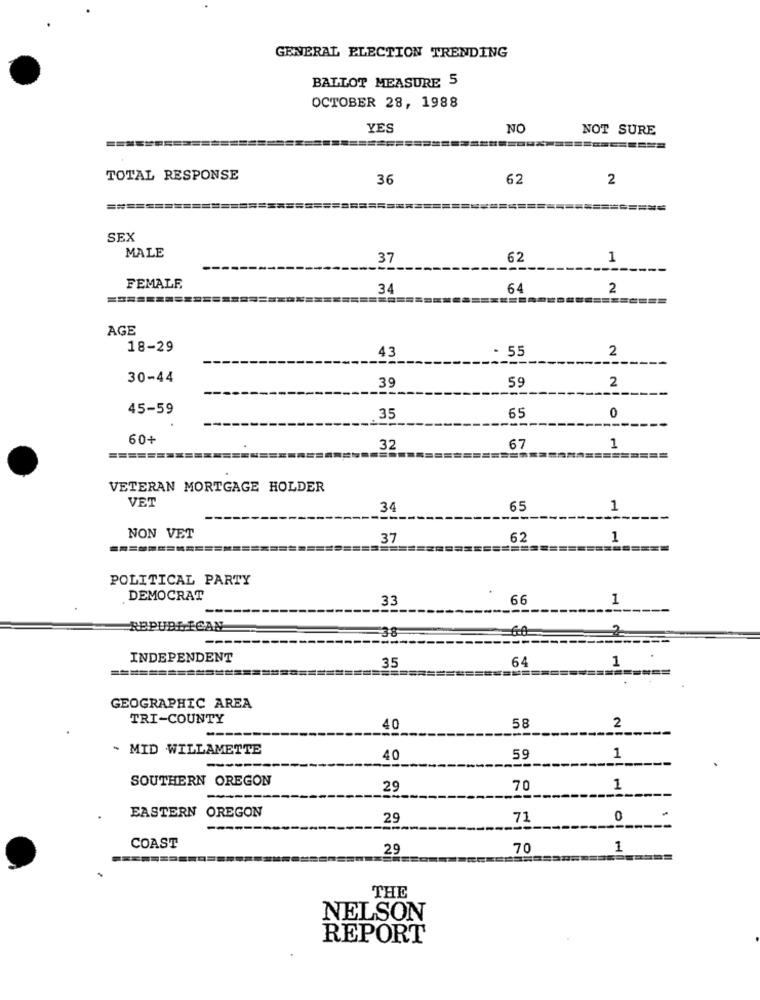
GENERAL ELECTION TRENDING
BALLOT MEASURE 5
OCTOBER 28, 1988
YES
NO
NOT SURE
========
TOTAL RESPONSE
36
62
2
SEX
MALE
37
62
1
FEMALE
34
64
2
AGE
18-29
43
- 55
2
30-44
39
59
2
45-59
35
65
0
60+
32
67
1
VETERAN MORTGAGE HOLDER
VET
34
65
1
NON VET
37
62
1
POLITICAL PARTY
DEMOCRAT
33
66
1
REPUBLICAN
-38
INDEPENDENT
35
64
1
GEOGRAPHIC AREA
TRI-COUNTY
58
40
2
- MID WILLAMETTE
40
59
1
--
SOUTHERN OREGON
29
70
1
EASTERN OREGON
29
71
0
COAST
29
70
1
THE
NELSON
REPORT